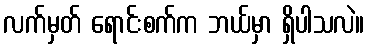
လက်မှတ် ရောင်းစက်က ဘယ်မှာ ရှိပါသလဲ။